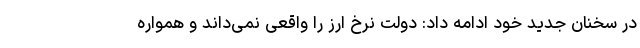
در سخنان جدید خود ادامه داد: دولت نرخ ارز را واقعی نمی‌داند و همواره